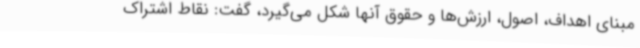
مبنای اهداف، اصول، ارزش‌ها و حقوق آنها شکل می‌گیرد، گفت: نقاط اشتراک